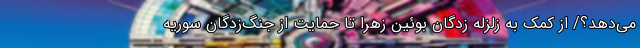
می‌دهد؟/ از کمک به زلزله زدگان بوئین زهرا تا حمایت از جنگ‌زدگان سوریه